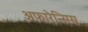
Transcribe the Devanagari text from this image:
अफारेन्सिस